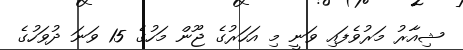
ޝިއާރު މަރުވެފައި ވަނީ މި އަހަރުގެ ޖޫން މަހުގެ 15 ވަނަ ދުވަހުގެ